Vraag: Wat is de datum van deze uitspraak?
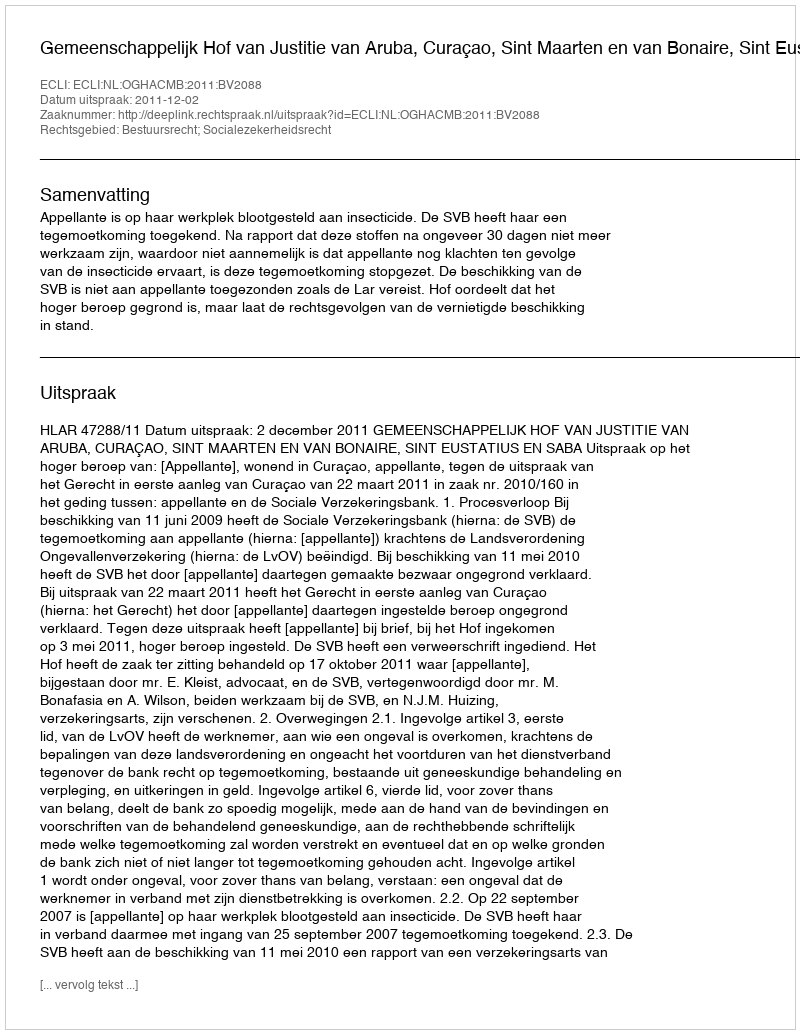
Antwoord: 2011-12-02